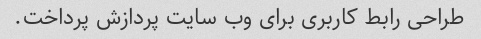
طراحی رابط کاربری برای وب سایت پردازش پرداخت.